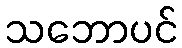
သဘောပင်